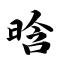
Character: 晗